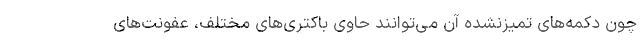
چون دکمه‌های تمیزنشده آن می‌توانند حاوی باکتری‌های مختلف، عفونت‌های